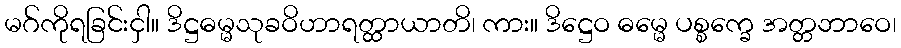
မဂ်ကိုရခြင်းငှါ။ ဒိဋ္ဌဓမ္မသုခဝိဟာရတ္ထာယာတိ၊ ကား။ ဒိဋ္ဌေဝ ဓမ္မေ ပစ္စက္ခေ အတ္တဘာဝေ၊